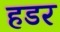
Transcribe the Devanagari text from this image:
हडर